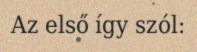
Az első így szól: